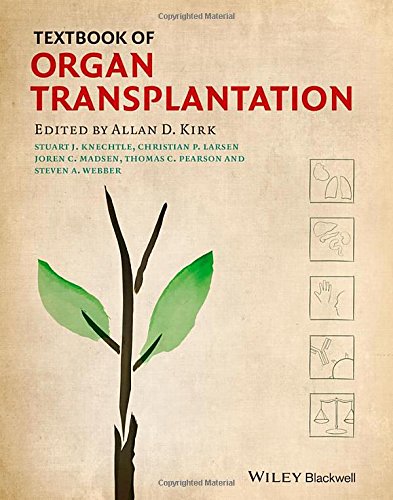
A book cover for Textbook of Organ Transplantation Set; Health, Fitness & Dieting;